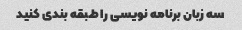
سه زبان برنامه نویسی را طبقه بندی کنید